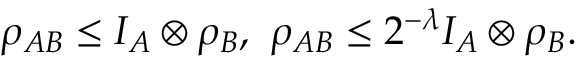
\rho _ { A B } \leq I _ { A } \otimes \rho _ { B } , ~ \rho _ { A B } \leq 2 ^ { - \lambda } I _ { A } \otimes \rho _ { B } .